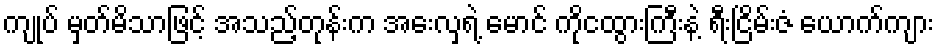
ကျုပ် မှတ်မိသာဖြင့် အသည့်တုန်းက အေးလှရဲ့ မောင် ကိုငထွားကြီးနဲ့ ရီးငြိမ်းဇံ ယောက်ကျား